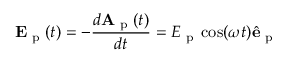
\mathbf { E } _ { \textrm { p } } ( t ) = - \frac { d \mathbf { A } _ { \textrm { p } } ( t ) } { d t } = E _ { \textrm { p } } \cos ( \omega t ) \hat { \mathbf { e } } _ { \textrm { p } }